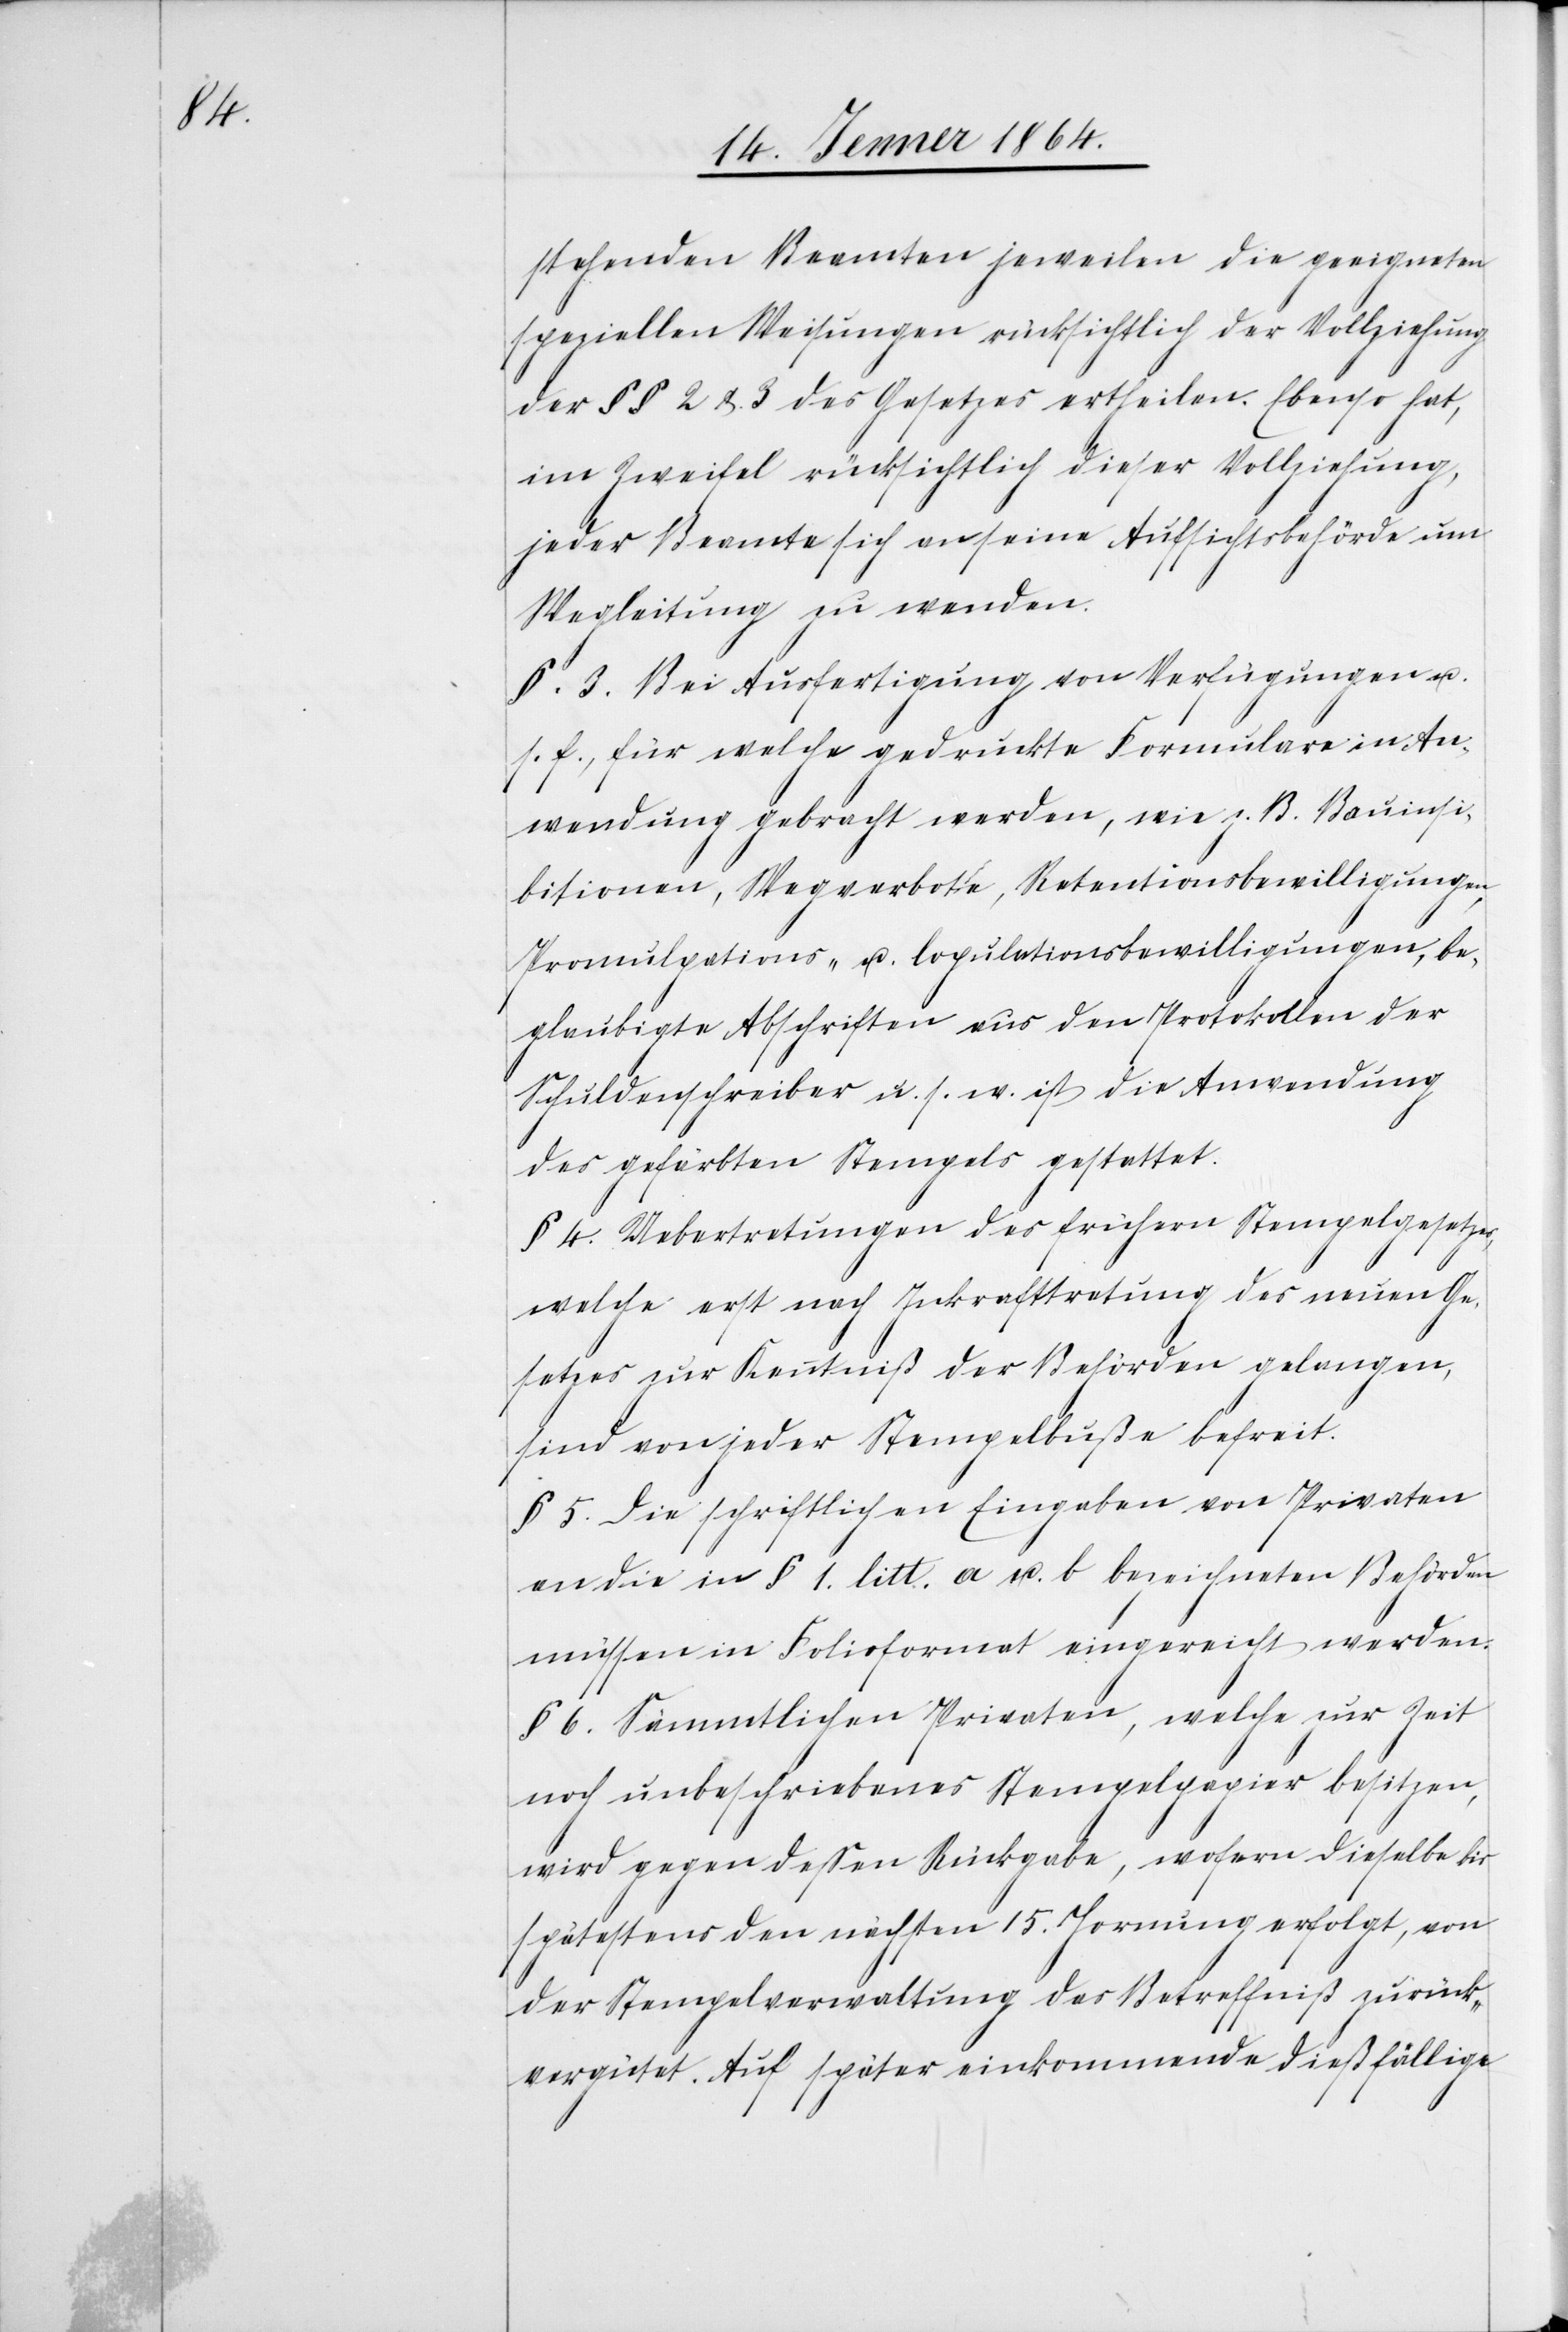
stehenden Beamten jeweilen die geeigneten
speziellen Weisungen rücksichtlich der Vollziehung
der §§ 2 &. 3 des Gesetzes ertheilen. Ebenso hat,
im Zweifel rücksichtlich dieser Vollziehung,
jeder Beamte sich an seine Aufsichtsbehörde um
Wegleitung zu wenden.
§. 3. Bei Ausfertigung von Verfügungen u.
s. f., für welche gedruckte Formulare in An¬
wendung gebracht werden, wie z. B. Bauinhi¬
bitionen, Wegverbote, Retentionsbewilligungen,
Promulgations- u. Copulationsbewilligungen, be¬
glaubigte Abschriften aus den Protokollen der
Schuldenschreiber u. s. w. ist die Anwendung
des gefärbten Stempels gestattet.
§. 4. Uebertretungen des frühern Stempelgesetzes,
welche erst nach Inkrafttretung des neuen Ge¬
setzes zur Kenntniß der Behörden gelangen,
sind von jeder Stempelbuße befreit.
§. 5. Die schriftlichen Eingaben von Privaten
an die in § 1. litt. a. u. b bezeichneten Behörden
müssen in Folioformat eingereicht werden.
§ 6. Sämmtlichen Privaten, welche zur Zeit
noch unbeschriebenes Stempelpapier besitzen,
wird gegen dessen Rückgabe, wofern dieselbe bis
spätestens den nächsten 15. Hornung erfolgt, von
der Stempelverwaltung das Betreffniß zurück¬
vergütet. Auf später einkommende dießfällige